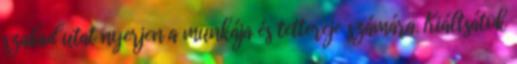
szabad utat nyerjen a munkája és tettereje számára. Kiáltsátok